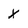
Character: X